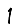
Digit: 1